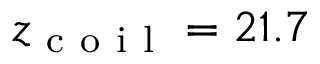
z _ { \mathrm { ~ c ~ o ~ i ~ l ~ } } = 2 1 . 7